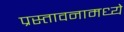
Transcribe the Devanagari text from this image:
प्रस्तावनामध्ये